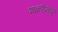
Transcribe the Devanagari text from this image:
भाकरीमधून